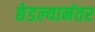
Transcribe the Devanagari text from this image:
छेडल्यानंतर